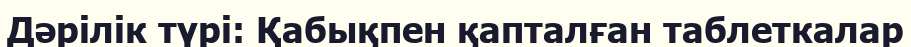
Дәрілік түрі: Қабықпен қапталған таблеткалар